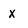
Character: X